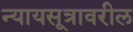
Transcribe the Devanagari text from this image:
न्यायसूत्रावरील